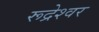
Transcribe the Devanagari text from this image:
रूद्रेश्वर